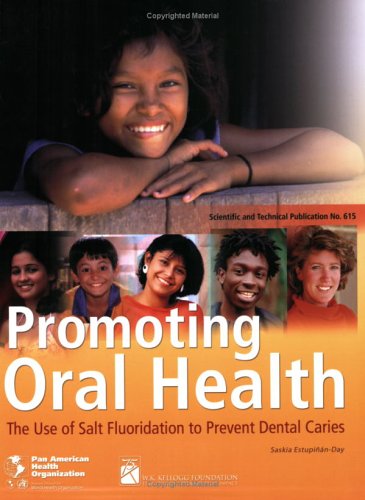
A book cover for Promoting Oral Health. the Use of Salt Fluoridation to Prevent Dental Caries (PAHO Scientific Publications); Pan American Health Organization; Medical Books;